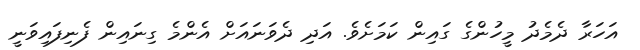
އަހަރާ ދެމެދު މީހުންގެ ގައިން ކަމަށެވެ. އަދި ދެވަނައަށް އެންމެ ގިނައިން ފެނިފައިވަނީ